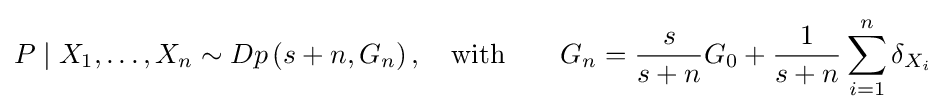
P\mid X_{1},\dots ,X_{n}\sim Dp\left(s+n,G_{n}\right),~~~{\text{with}}~~~~~~G_{n}={\frac {s}{s+n}}G_{0}+{\frac {1}{s+n}}\sum \limits _{i=1}^{n}\delta _{X_{i}}